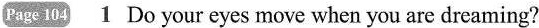
Page 104 1 Do your eyes move when you are dreaming?